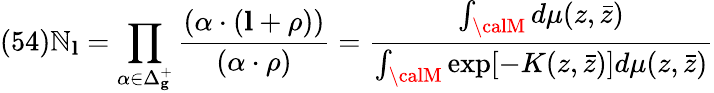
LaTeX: (54)\mathbb{N}_{\mathbf{l}}=\prod_{\alpha\in\Delta_{\mathbf{g}}^{+}}\frac{{(\alpha\cdot({\mathbf{l}}+\rho))}}{{(\alpha\cdot\rho)}}=\frac{{\int_{\calM}d\mu(z,\bar{{z}})}}{{\int_{\calM}\exp[-K(z,\bar{{z}})]d\mu(z,\bar{{z}})}}